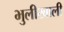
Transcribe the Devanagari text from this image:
भुलीखाली